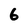
Character: 6